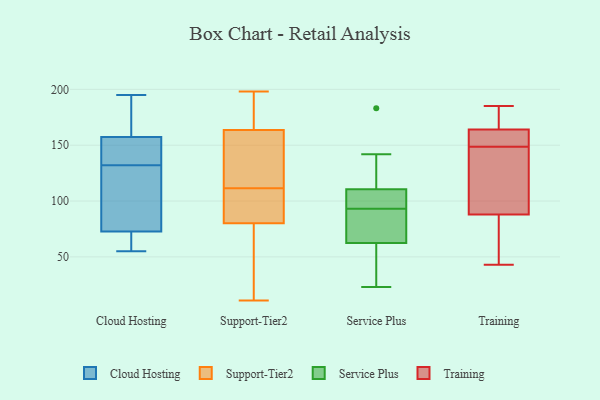
{"axis": {"x": "Conversion Rate (%)", "y": "Value"}, "legend": ["Cloud Hosting", "Service Plus", "Support-Tier2", "Training"], "data": [{"x": "", "y": 72, "type": "Cloud Hosting"}, {"x": "", "y": 180, "type": "Cloud Hosting"}, {"x": "", "y": 152, "type": "Cloud Hosting"}, {"x": "", "y": 195, "type": "Cloud Hosting"}, {"x": "", "y": 73, "type": "Cloud Hosting"}, {"x": "", "y": 55, "type": "Cloud Hosting"}, {"x": "", "y": 71, "type": "Cloud Hosting"}, {"x": "", "y": 73, "type": "Cloud Hosting"}, {"x": "", "y": 148, "type": "Cloud Hosting"}, {"x": "", "y": 102, "type": "Cloud Hosting"}, {"x": "", "y": 173, "type": "Cloud Hosting"}, {"x": "", "y": 132, "type": "Cloud Hosting"}, {"x": "", "y": 145, "type": "Cloud Hosting"}, {"x": "", "y": 38, "type": "Support-Tier2"}, {"x": "", "y": 111, "type": "Support-Tier2"}, {"x": "", "y": 171, "type": "Support-Tier2"}, {"x": "", "y": 159, "type": "Support-Tier2"}, {"x": "", "y": 24, "type": "Support-Tier2"}, {"x": "", "y": 128, "type": "Support-Tier2"}, {"x": "", "y": 103, "type": "Support-Tier2"}, {"x": "", "y": 101, "type": "Support-Tier2"}, {"x": "", "y": 195, "type": "Support-Tier2"}, {"x": "", "y": 122, "type": "Support-Tier2"}, {"x": "", "y": 168, "type": "Support-Tier2"}, {"x": "", "y": 198, "type": "Support-Tier2"}, {"x": "", "y": 46, "type": "Support-Tier2"}, {"x": "", "y": 193, "type": "Support-Tier2"}, {"x": "", "y": 80, "type": "Support-Tier2"}, {"x": "", "y": 89, "type": "Support-Tier2"}, {"x": "", "y": 11, "type": "Support-Tier2"}, {"x": "", "y": 112, "type": "Support-Tier2"}, {"x": "", "y": 80, "type": "Support-Tier2"}, {"x": "", "y": 141, "type": "Support-Tier2"}, {"x": "", "y": 108, "type": "Service Plus"}, {"x": "", "y": 85, "type": "Service Plus"}, {"x": "", "y": 183, "type": "Service Plus"}, {"x": "", "y": 67, "type": "Service Plus"}, {"x": "", "y": 23, "type": "Service Plus"}, {"x": "", "y": 48, "type": "Service Plus"}, {"x": "", "y": 115, "type": "Service Plus"}, {"x": "", "y": 108, "type": "Service Plus"}, {"x": "", "y": 109, "type": "Service Plus"}, {"x": "", "y": 49, "type": "Service Plus"}, {"x": "", "y": 74, "type": "Service Plus"}, {"x": "", "y": 142, "type": "Service Plus"}, {"x": "", "y": 93, "type": "Service Plus"}, {"x": "", "y": 185, "type": "Training"}, {"x": "", "y": 164, "type": "Training"}, {"x": "", "y": 158, "type": "Training"}, {"x": "", "y": 48, "type": "Training"}, {"x": "", "y": 88, "type": "Training"}, {"x": "", "y": 156, "type": "Training"}, {"x": "", "y": 141, "type": "Training"}, {"x": "", "y": 43, "type": "Training"}, {"x": "", "y": 168, "type": "Training"}, {"x": "", "y": 90, "type": "Training"}]}